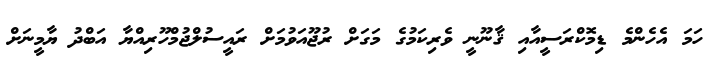
ހަމަ އެހެންމެ ޑިމޮކްރަސީއާއި ޤާނޫނީ ވެރިކަމުގެ މަގަށް ރުޖޫއަވުމަށް ރައީސުލްޖުމްހޫރިއްޔާ އަބްދު ޔާމީނަށް